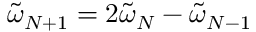
\tilde { \omega } _ { N + 1 } = 2 \tilde { \omega } _ { N } - \tilde { \omega } _ { N - 1 }